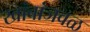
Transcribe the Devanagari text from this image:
खांबांजवळ